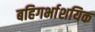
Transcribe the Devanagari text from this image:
बहिगर्भाशयिक